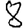
Digit: 8